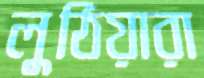
লুঠিয়ারা